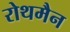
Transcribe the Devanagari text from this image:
रोथमैन